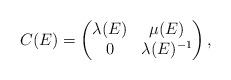
LaTeX: \begin{align*} C(E)=\begin{pmatrix} \lambda(E)&\mu(E)\\ 0&\lambda(E)^{-1} \end{pmatrix}, \end{align*}